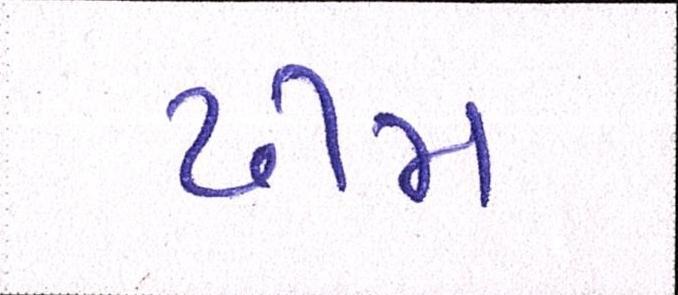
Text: ઢીમ